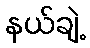
နယ်ချဲ့